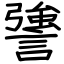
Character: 謽